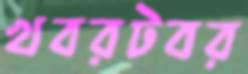
খবরটবর